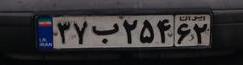
۳۷ب۲۵۴۶۲